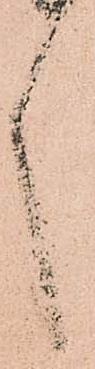
言